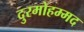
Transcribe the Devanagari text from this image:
दुरमोहम्मद